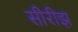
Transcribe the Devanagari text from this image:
सीरीझ